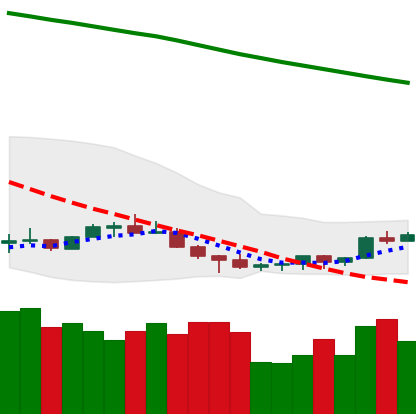
Ticker: NEO-USD
Chart end date: 2022-07-09
Forward return: -7.305%
Label: down_7plus